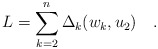
\begin{align*}L = \sum_{k=2}^n \Delta_k(w_k,u_2)\quad.\end{align*}